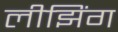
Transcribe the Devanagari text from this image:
लीझिंग